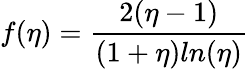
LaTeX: f(\eta)=\frac{2(\eta-1)}{(1+\eta)ln(\eta)}